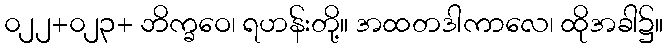
၀၂၂+၀၂၃+ ဘိက္ခဝေ၊ ရဟန်းတို့။ အထတဒါကာလေ၊ ထိုအခါ၌။